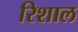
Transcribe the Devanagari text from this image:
रिशाल